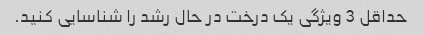
حداقل 3 ویژگی یک درخت در حال رشد را شناسایی کنید.